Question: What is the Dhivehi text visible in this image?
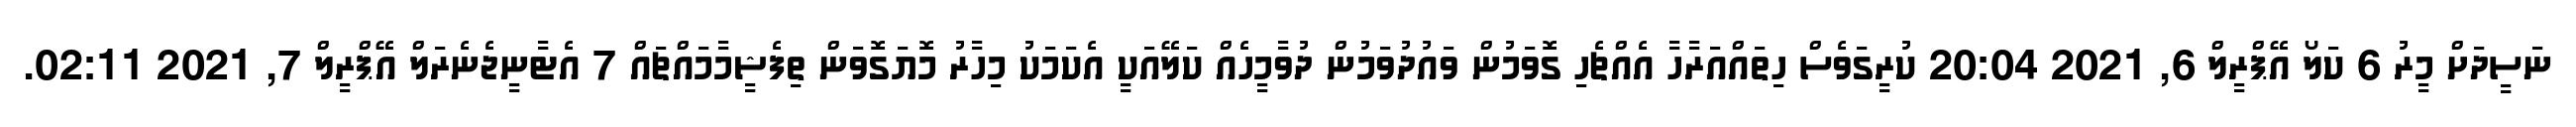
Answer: ނަސީދަށް މީރު 6 ކަލޯ އޭޕްރީލް 6, 2021 20:04 ކުރީގަވެސް ހިތައްއަރާހާ އެއްޗެހި ގޮވަމުން ވައުދުވަމުން ދުވާމީހެއް ކަލޭއަކީ އެކަމަކު މިހާރު މޮޔަގޮވަން ތިފެޝީމާމައްޗައް 7 އެޓާނީޖެނެރަލް އޭޕްރީލް 7, 2021 02:11.